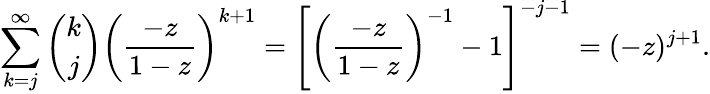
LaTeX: \sum_{k=j}^{\infty}{\binom{k}{j}}\left({\frac{-z}{1-z}}\right)^{k+1}=\left[\left({\frac{-z}{1-z}}\right)^{-1}-1\right]^{-j-1}=(-z)^{j+1}.